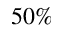
5 0 \%